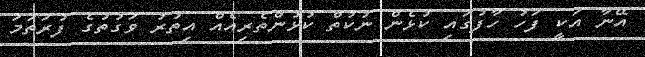
އޭނާ އަކީ ފަހު ހާފުގައި ކުޅެން ނުކުތް ކުޅުންތެރިއެއް އިތުރު ވަގުތުގެ ފުރަތަމަ